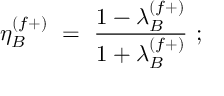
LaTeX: \eta _ { B } ^ { ( f + ) } \ = \ \frac { 1 - \lambda _ { B } ^ { ( f + ) } } { 1 + \lambda _ { B } ^ { ( f + ) } } \ ;